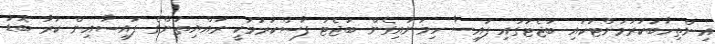
އިންތިހާބުކުރުމަށްޓަކައި ބަޖެޓުގައި ފައިސާ ހިމަނައިގެން ބަޖެޓު ފާސްކުރުމަކީ ރައްޔިތުންގެ ފައިސާއިން ކުރާ ބޮޑު